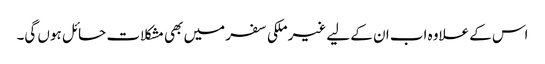
اس کے علاوہ اب ان کے لیے غیر ملکی سفر میں بھی مشکلات حائل ہوں گی۔